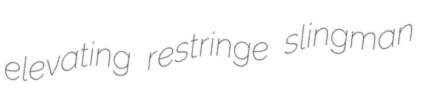
elevating restringe slingman